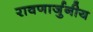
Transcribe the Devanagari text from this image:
रावणार्जुनीय